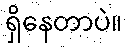
ရှိနေတာပဲ။